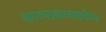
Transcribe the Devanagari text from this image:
काव्यप्रकाशसंकेत